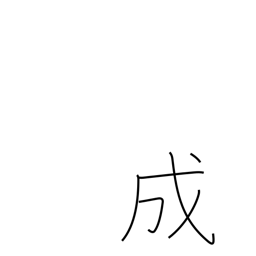
Meaning: grow